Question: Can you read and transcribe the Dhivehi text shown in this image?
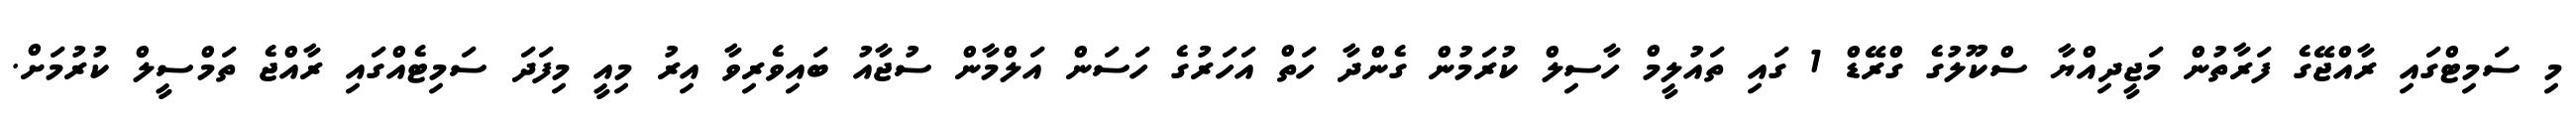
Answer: މި ސަމިޓްގައި ރާއްޖޭގެ ފަރާތުން މަޖީދިއްޔާ ސްކޫލުގެ ގްރޭޑް 1 ގައި ތައުލީމް ހާސިލް ކުރަމުން ގެންދާ ހަތް އަހަރުގެ ހަސަން އަލްމާން ސުޖާއު ބައިވެރިވާ އިރު މިއީ މިފަދަ ސަމިޓެއްގައި ރާއްޖެ ތަމްސީލް ކުރުމަށް.